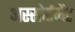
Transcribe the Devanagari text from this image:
अस्सोर्टमेंट